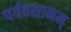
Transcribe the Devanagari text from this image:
पर्यवसानम्